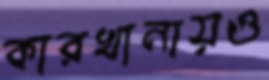
কারখানায়ও